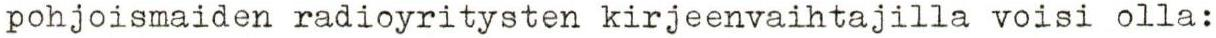
pohjoismaiden radioyritysten kirjeenvaihtajilla voisi olla: